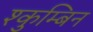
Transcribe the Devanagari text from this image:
श्कुम्बिन